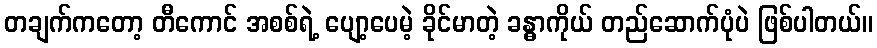
တချက်ကတော့ တီကောင် အစစ်ရဲ့ ပျော့ပေမဲ့ ခိုင်မာတဲ့ ခန္ဓာကိုယ် တည်ဆောက်ပုံပဲ ဖြစ်ပါတယ်။